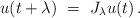
LaTeX: \begin{align*}u(t+\lambda) ~=~J_\lambda u(t)\,. \end{align*}